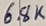
Text: 6.8k